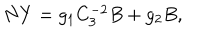
LaTeX: N Y = g _ { 1 } C _ { 3 } ^ { - 2 } B + g _ { 2 } B ,